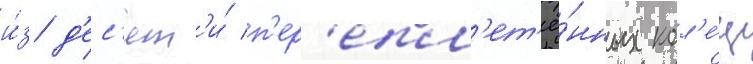
и́з д'ес'ят'и́ п'ер'епл'ет'ё́нных кол'е́ц